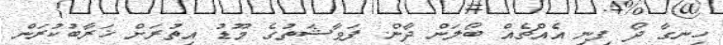
ހިނގާ ދޯ ފިނި އެއްޗެއް ބޯލަން ދާން. ފަވާޝަތުގެ މޫޑު އިތުރަށް ޚަރާބުކުރަން